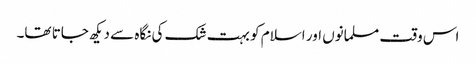
اس وقت مسلمانوں اور اسلام کو بہت شک کی نگاہ سے دیکھ جاتا تھا۔